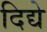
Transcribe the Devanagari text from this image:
दिद्ये